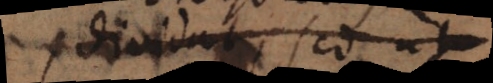
dividat, sed ut